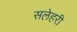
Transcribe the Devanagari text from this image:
सलेहरी